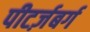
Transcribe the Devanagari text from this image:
पीटर्ज़बर्ग